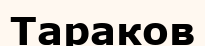
Тараков